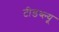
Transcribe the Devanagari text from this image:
टीडब्‍ल्‍यू